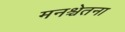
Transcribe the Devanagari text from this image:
मनश्चेतना